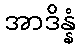
အာဒိန္နံ